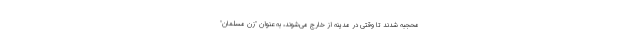
محجبه شدند تا وقتی در مدینه از خارج می‌شوند، به عنوان "زن مسلمان"